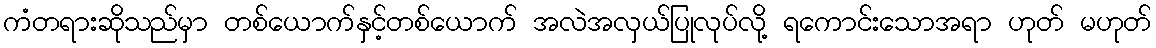
ကံတရားဆိုသည်မှာ တစ်ယောက်နှင့်တစ်ယောက် အလဲအလှယ်ပြုလုပ်လို့ ရကောင်းသောအရာ ဟုတ် မဟုတ်